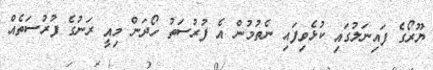
ޔޫރޯގެ ފައިނަލުގައި ކުޅެވިފައި ނެތުމުން އެ ފުރުސަތު ހޯދަން މިއީ ރަނުގެ ފުރުސަތެއް